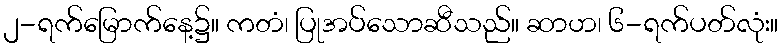
၂-ရက်မြောက်နေ့၌။ ကတံ၊ ပြုအပ်သောဆီသည်။ ဆာဟ၊ ၆-ရက်ပတ်လုံး။